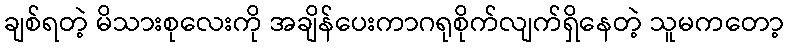
ချစ်ရတဲ့ မိသားစုလေးကို အချိန်ပေးကာဂရုစိုက်လျက်ရှိနေတဲ့ သူမကတော့